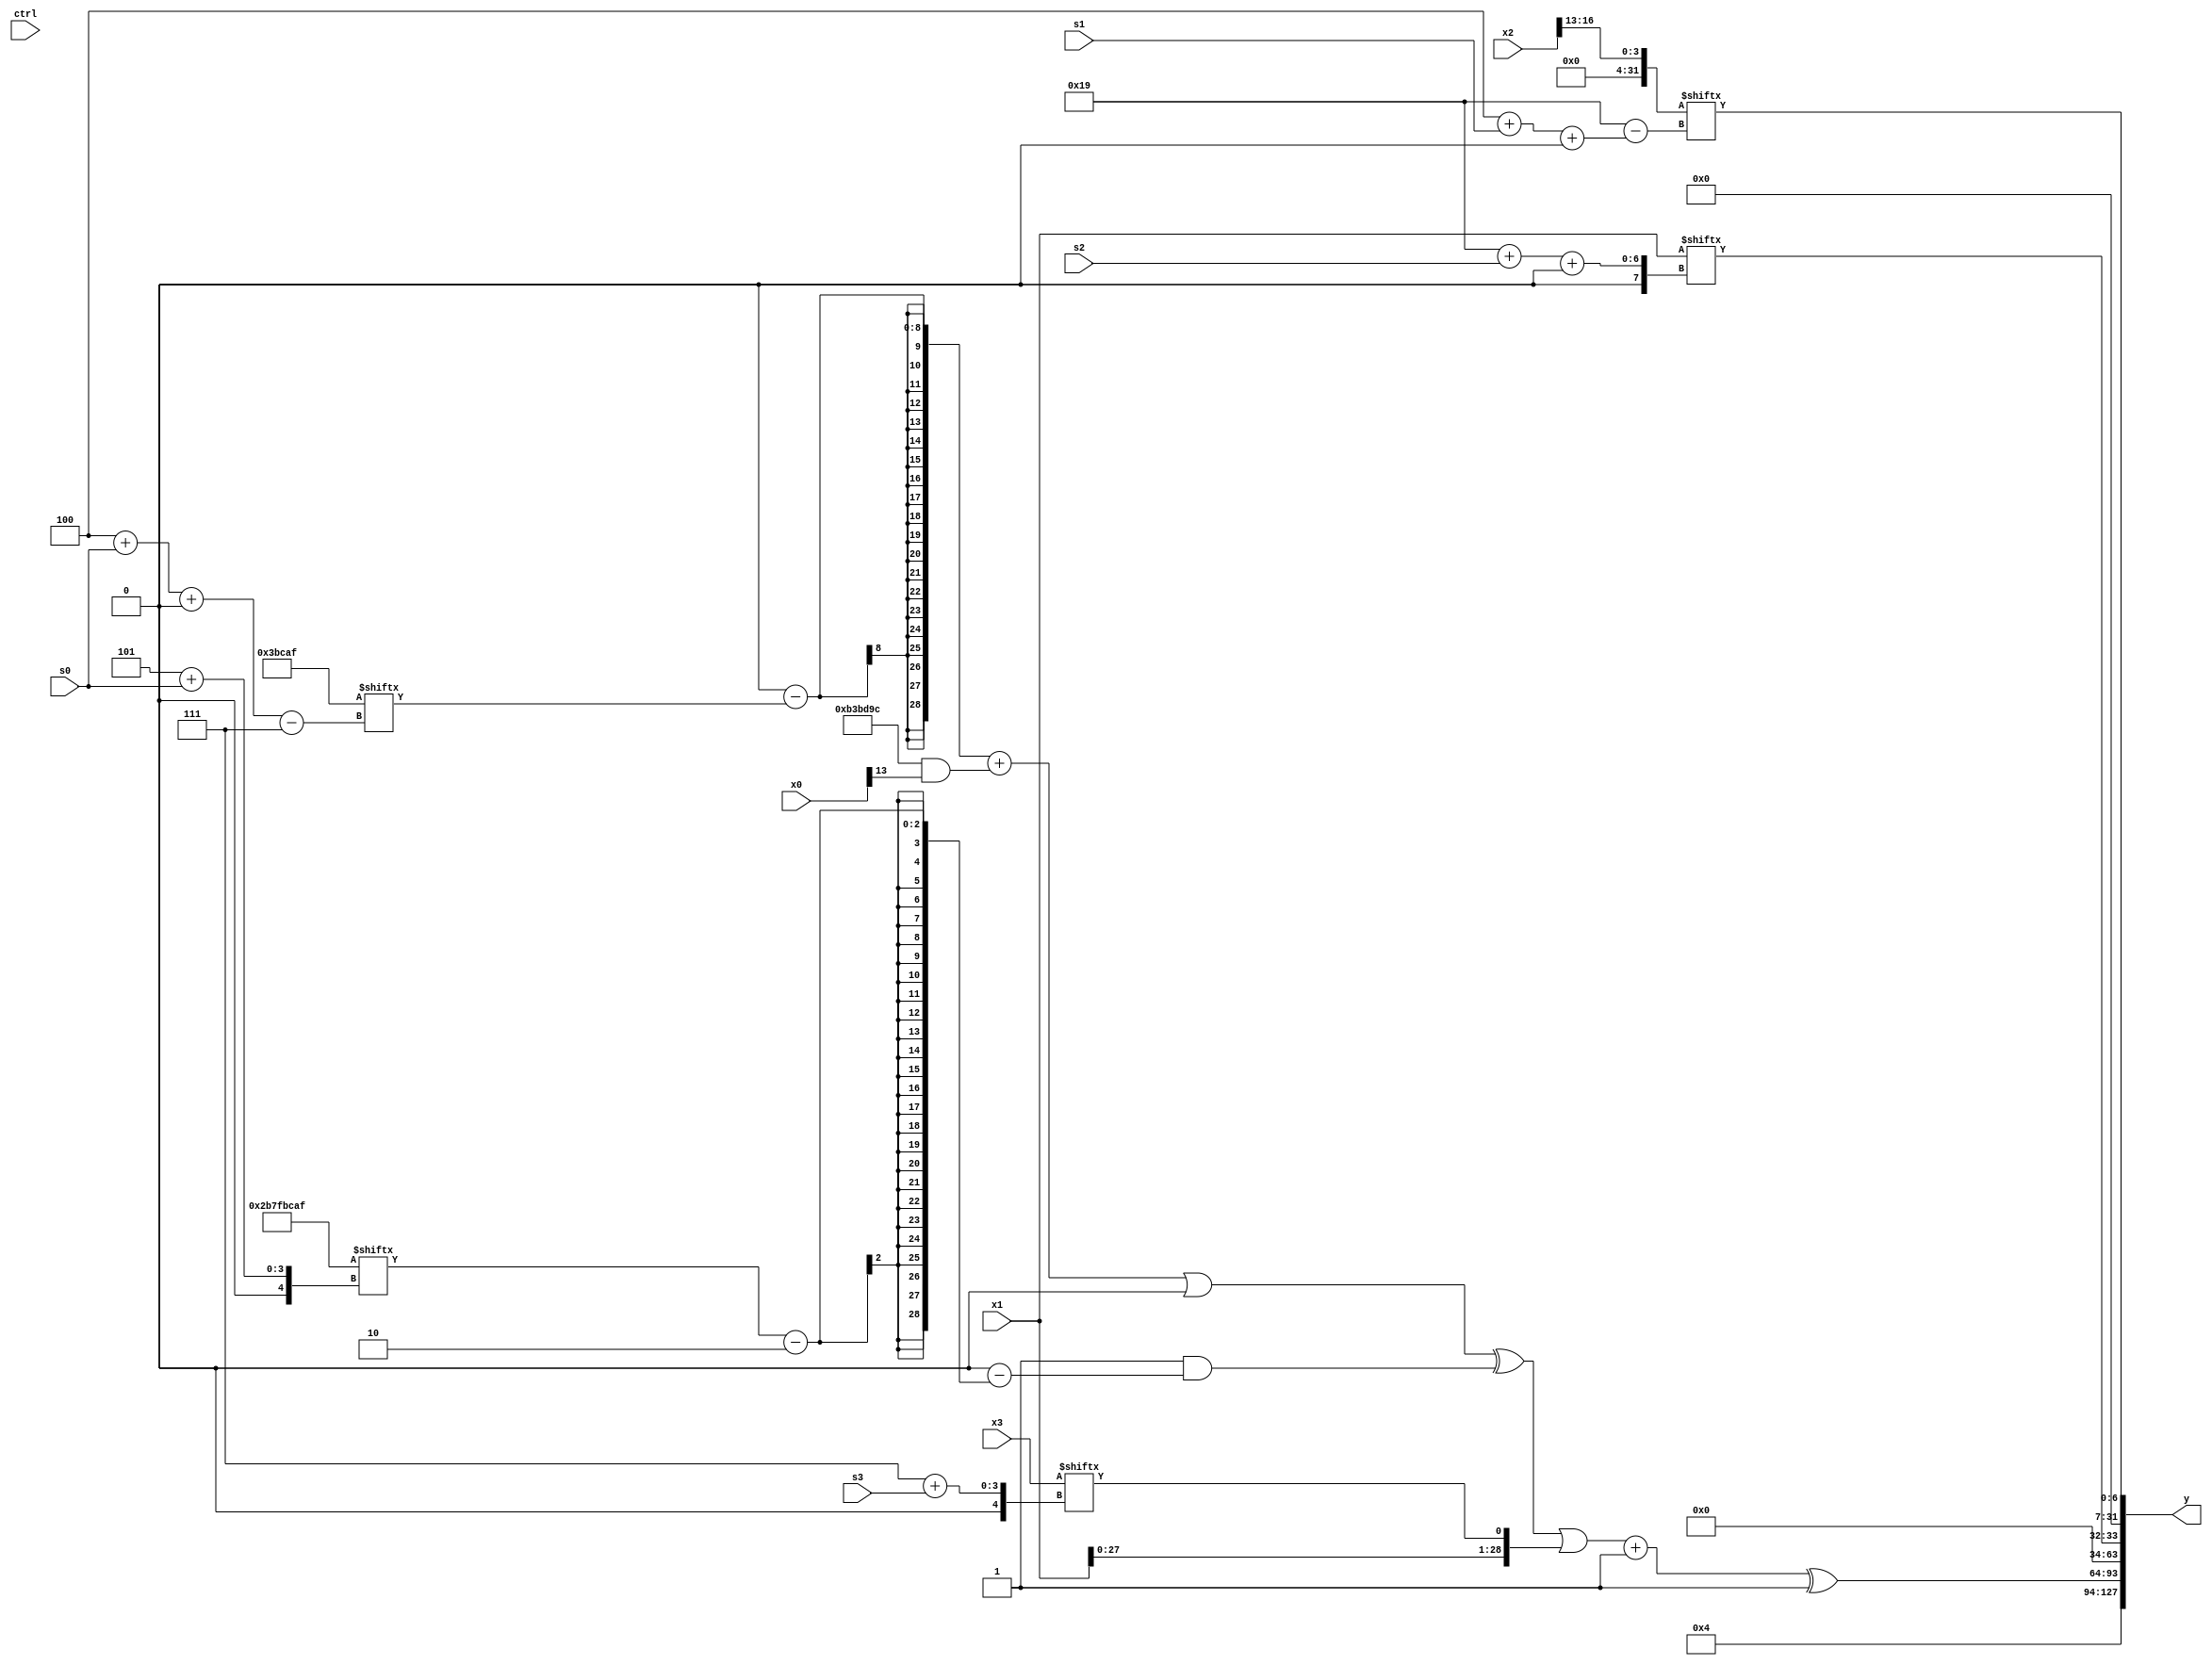
module partsel_00453(ctrl, s0, s1, s2, s3, x0, x1, x2, x3, y);
  input [3:0] ctrl;
  input [2:0] s0;
  input [2:0] s1;
  input [2:0] s2;
  input [2:0] s3;
  input signed [31:0] x0;
  input [31:0] x1;
  input [31:0] x2;
  input [31:0] x3;
  wire signed [7:25] x4;
  wire [0:31] x5;
  wire signed [24:7] x6;
  wire signed [2:27] x7;
  wire signed [1:29] x8;
  wire [6:31] x9;
  wire signed [0:27] x10;
  wire signed [0:24] x11;
  wire signed [5:29] x12;
  wire [25:3] x13;
  wire signed [30:2] x14;
  wire [28:3] x15;
  output [127:0] y;
  wire signed [31:0] y0;
  wire [31:0] y1;
  wire signed [31:0] y2;
  wire signed [31:0] y3;
  assign y = {y0,y1,y2,y3};
  localparam signed [5:31] p0 = 756922191;
  localparam [31:0] p1 = 729791663;
  localparam [2:29] p2 = 817085852;
  localparam [28:0] p3 = 382563651;
  assign x4 = x2[29 + s2 -: 8];
  assign x5 = x2[16 -: 4];
  assign x6 = p1;
  assign x7 = x2[18 +: 2];
  assign x8 = {2{(((((p1[9 +: 1] - x6[4 + s0 +: 8]) + (p2 & x0[13])) | x5[15 +: 3]) ^ (p3[18] & (p0[17] - (((p1[5 + s0] | x5[14 -: 1]) | x5[10 +: 3]) - p0[16 +: 2])))) | {x1, x3[7 + s3]})}};
  assign x9 = (((((x5[22 + s1 +: 5] + p2[19 +: 1]) + x1[19 +: 1]) - ((((p1[18 + s1] ^ p1) + p2[17 -: 1]) | x5[7 + s1 -: 8]) + (x4[18 +: 2] + p3[12]))) & x2[16 +: 4]) | x1[0 + s0 -: 2]);
  assign x10 = (({2{(x7[15 -: 4] | (x4[14 +: 4] - p3[4 + s3 +: 6]))}} + p3) + ({2{(x2[13 + s1 +: 6] & p0[8 +: 1])}} | x8[7 + s2 +: 4]));
  assign x11 = {{2{p1[20 + s2 +: 7]}}, (ctrl[0] && !ctrl[0] && ctrl[2] ? p0 : p1)};
  assign x12 = {2{x8[13 -: 2]}};
  assign x13 = {2{{(x4 & p3[11 + s1 -: 4]), {2{(ctrl[0] && !ctrl[3] && ctrl[2] ? {2{(p1[13 -: 2] - x3)}} : (p3[13 -: 3] | p2))}}}}};
  assign x14 = {2{(!ctrl[3] && ctrl[2] && !ctrl[3] ? (ctrl[0] && ctrl[0] && ctrl[2] ? (((x1 - p1) ^ x11[20 -: 4]) & x3[1 + s3 +: 4]) : (p1[12 -: 2] & ((x9[11 + s3] & x10[11 + s2]) + x12[19 + s0 -: 7]))) : (ctrl[3] || !ctrl[0] && ctrl[0] ? p2[19 -: 3] : {(p2[6 + s0] & x7), {p3, x2[12 -: 4]}}))}};
  assign x15 = {p2[18 +: 2], (p0[10 + s3 -: 1] & (x13 - x9[23 -: 1]))};
  assign y0 = p0[11];
  assign y1 = ((x8 + x6[9]) ^ p2[13]);
  assign y2 = x1[25 + s2 +: 2];
  assign y3 = x5[4 + s1 +: 7];
endmodule